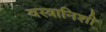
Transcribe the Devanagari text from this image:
वस्त्रानिशी